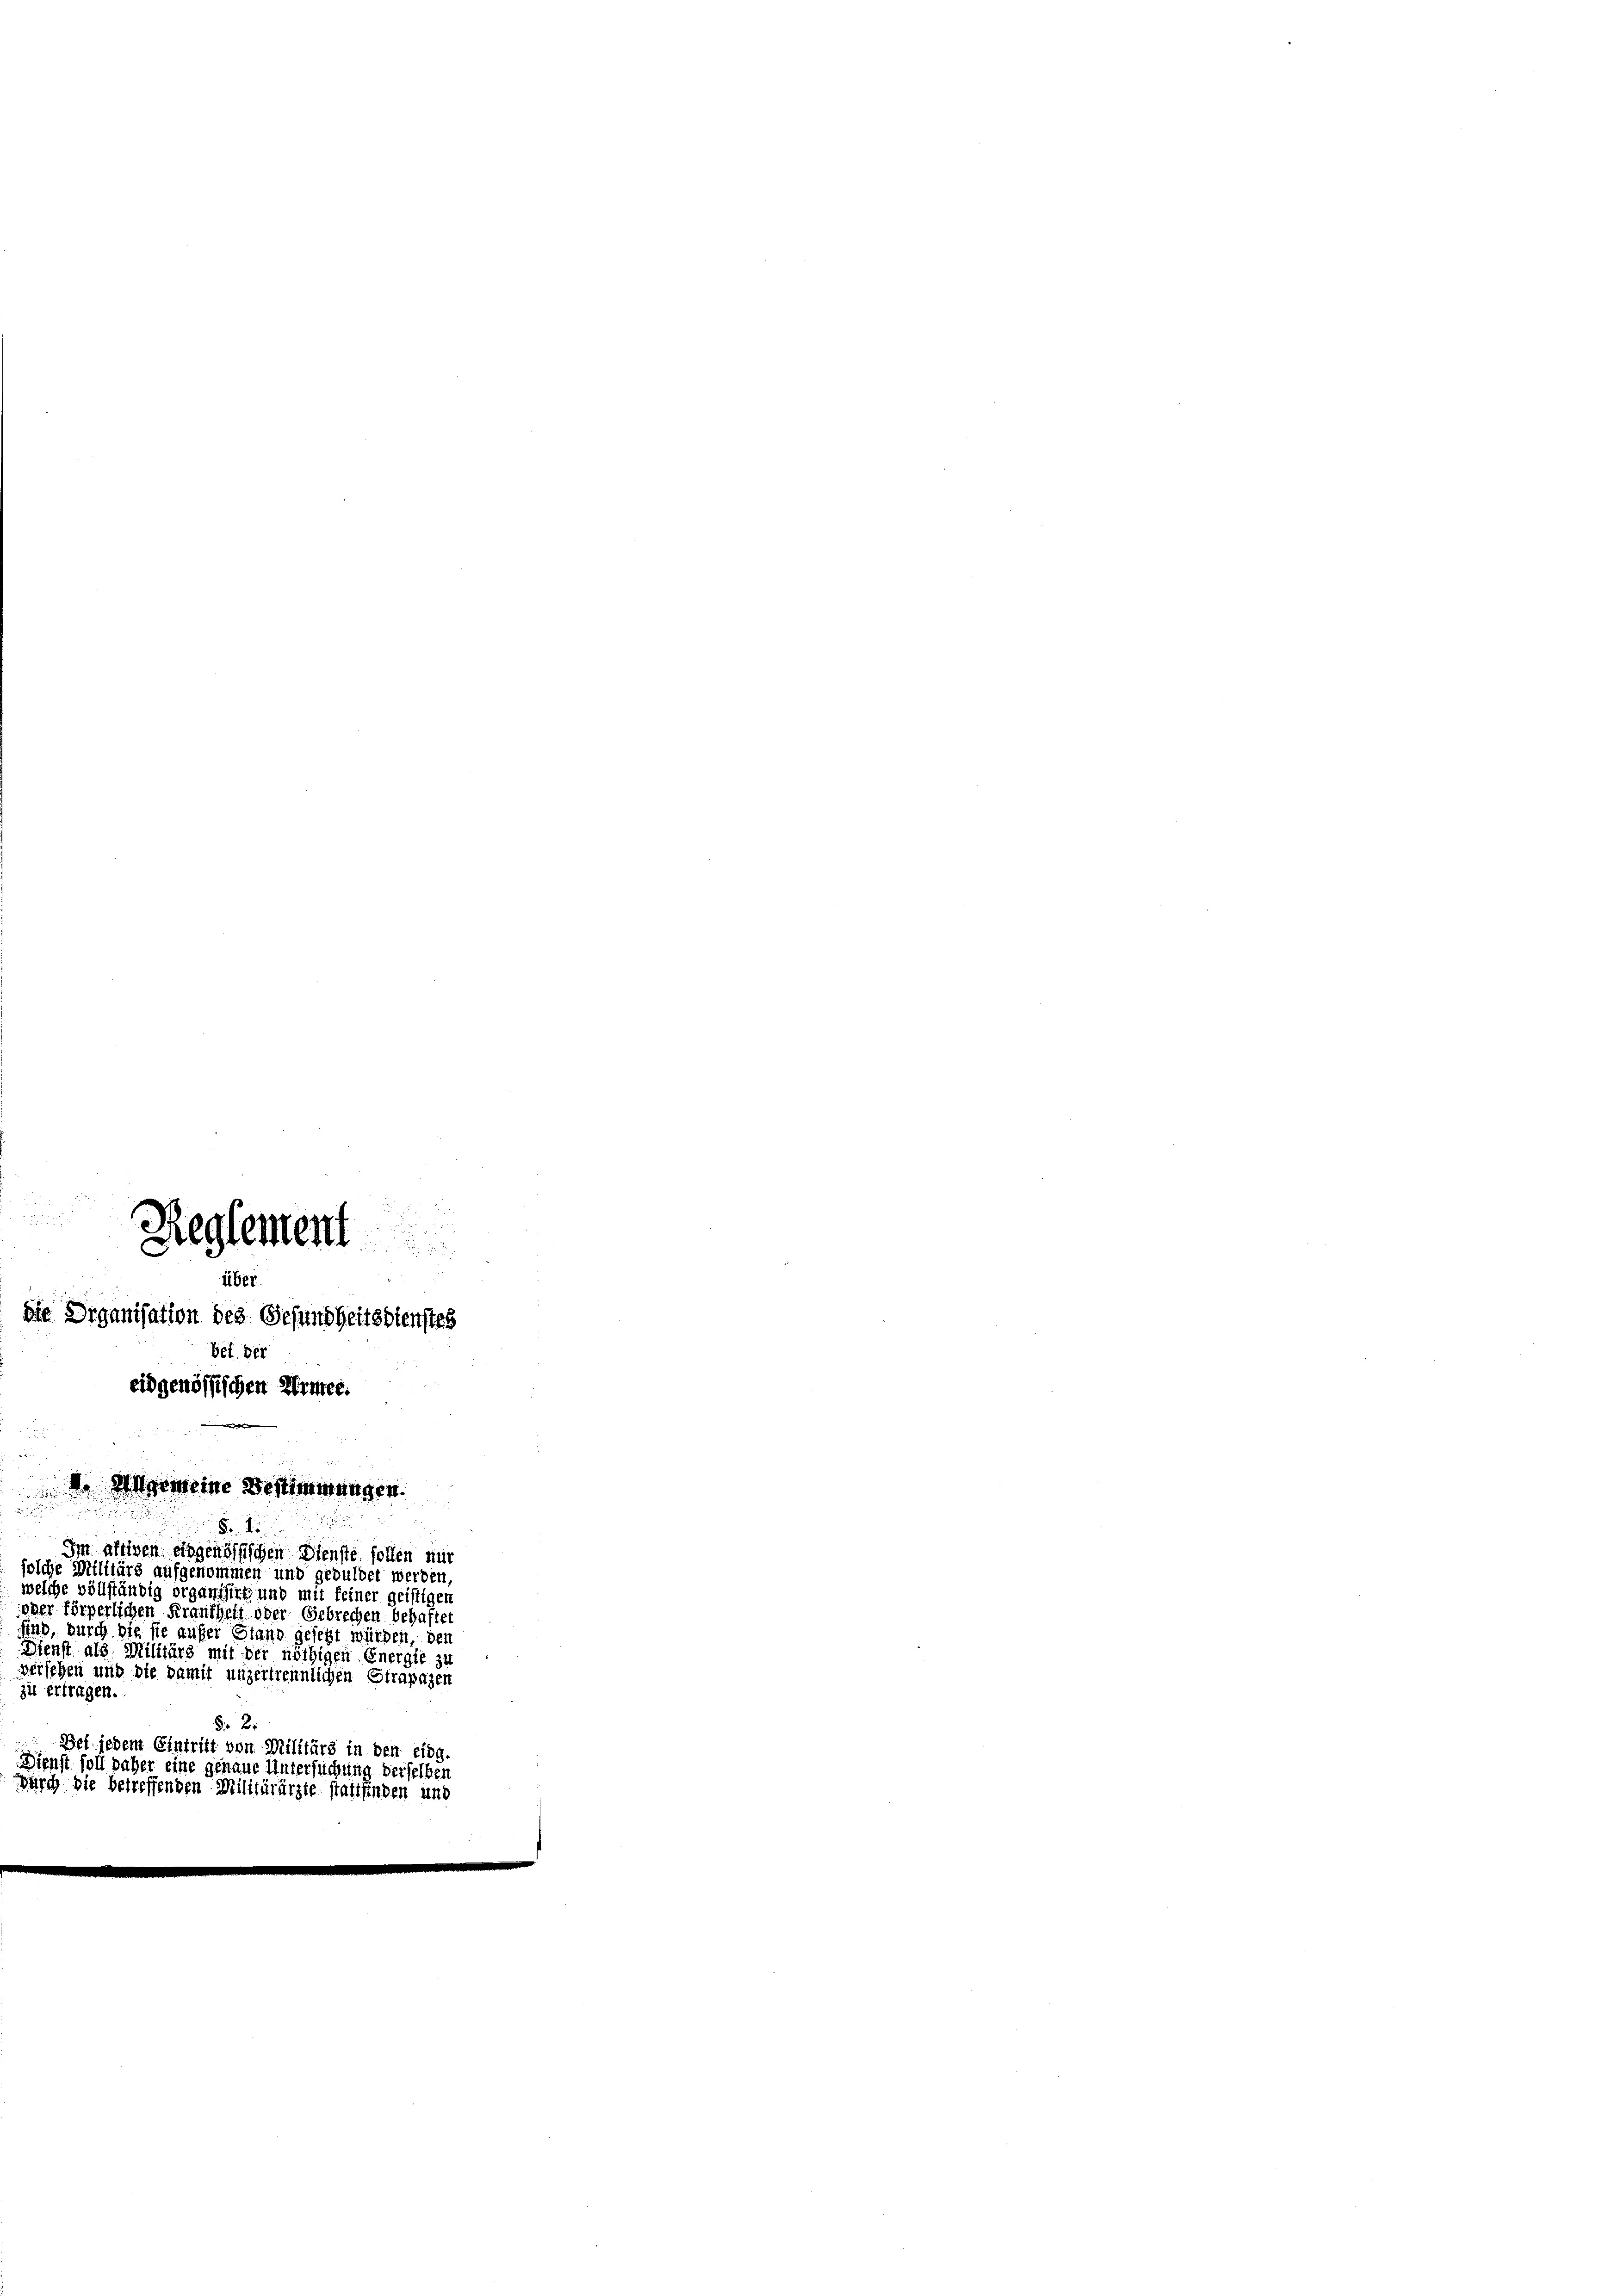
die Diganisation des Gesundheitsdienstes
bet der
eidgenössischen Hinter.

Beglemen

übi
 Allgemeine Bestimmungen.

5.
Im altigen eingenössischen Dienste sollen nur
solche Militärs aufgenommen und gebuldet werden,
welche vollständig organisirt und mit keiner geistigen
der körperlichen Frantheit oder Gebrechen behaftet
sind, durch die sie aufer Stand gesetzt würden, den
Dienst als Militärs mit der nöthigen Energie zu
versehen und die damit unzertrennlichen Strapazen
zu ertragen.
§ 2

Bei jedem Eintritt von Militärs in den eing
enst soll daher eine genaue Untersuchung derselben
irch die betreffenden Militärärzte stattfinden und